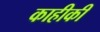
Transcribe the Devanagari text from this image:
काहीकी